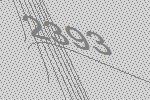
2393